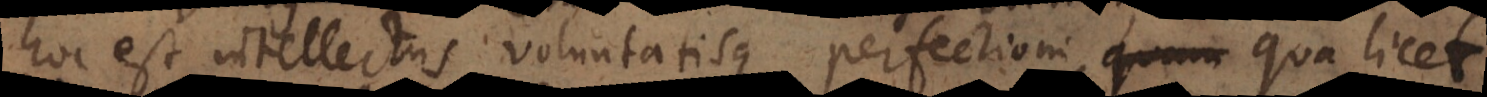
hoc est intellectus voluntatisque perfectioni, qua licet